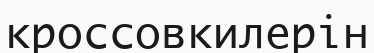
кроссовкилерін